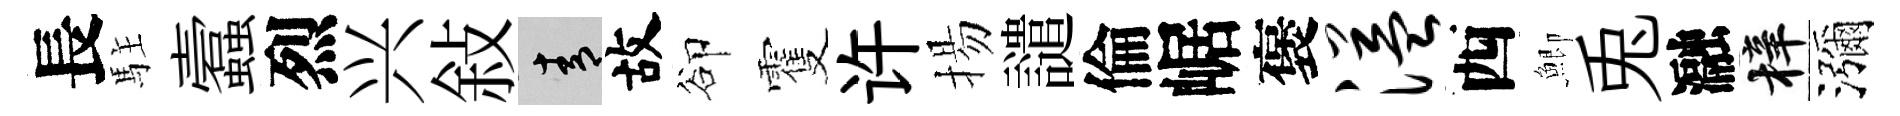
長駐蠧烈兴敍青故卻䨥许揚譴倫崌褒溢西鯽兎瀜梓瀰